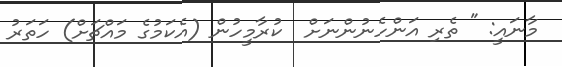
މާނައީ: " ތެރި އަންހެނުންނަށް  ކުރާމީހުން (އެކަމުގެ މައްޗަށް) ހަތަރު